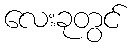
လေးခုတွင်